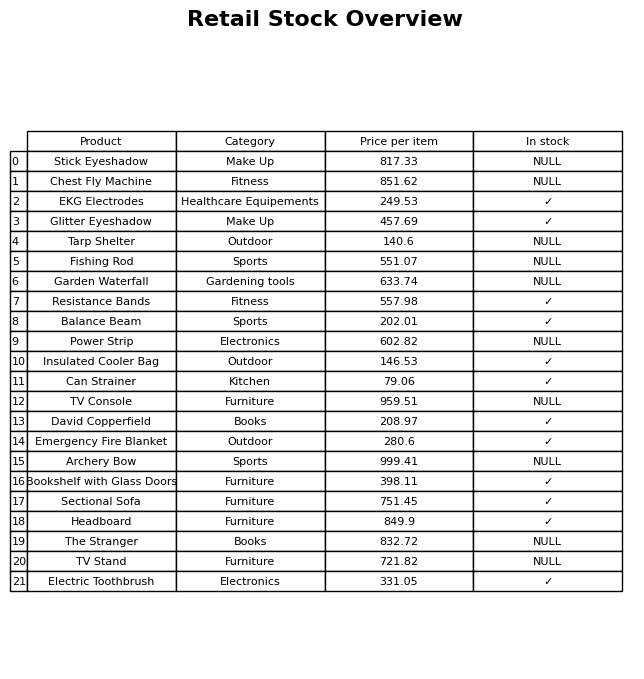
question: Is the Power Strip in stock?
answer: NULL